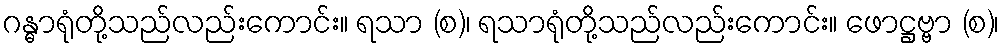
ဂန္ဓာရုံတို့သည်လည်းကောင်း။ ရသာ (စ)၊ ရသာရုံတို့သည်လည်းကောင်း။ ဖောဋ္ဌဗ္ဗာ (စ)၊